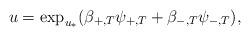
LaTeX: \begin{align*}u=\exp_{u_*} (\beta_{+,T}\psi_{+,T}+\beta_{-,T}\psi_{-,T}),\end{align*}